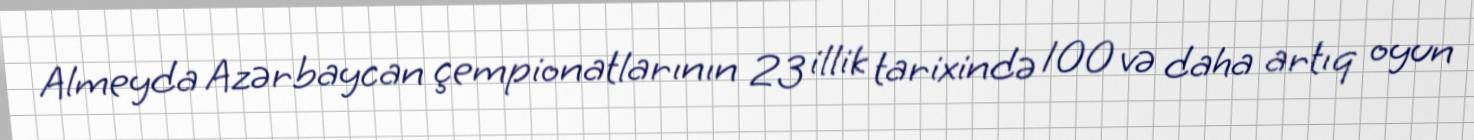
Almeyda Azərbaycan çempionatlarının 23 illik tarixində 100 və daha artıq oyun